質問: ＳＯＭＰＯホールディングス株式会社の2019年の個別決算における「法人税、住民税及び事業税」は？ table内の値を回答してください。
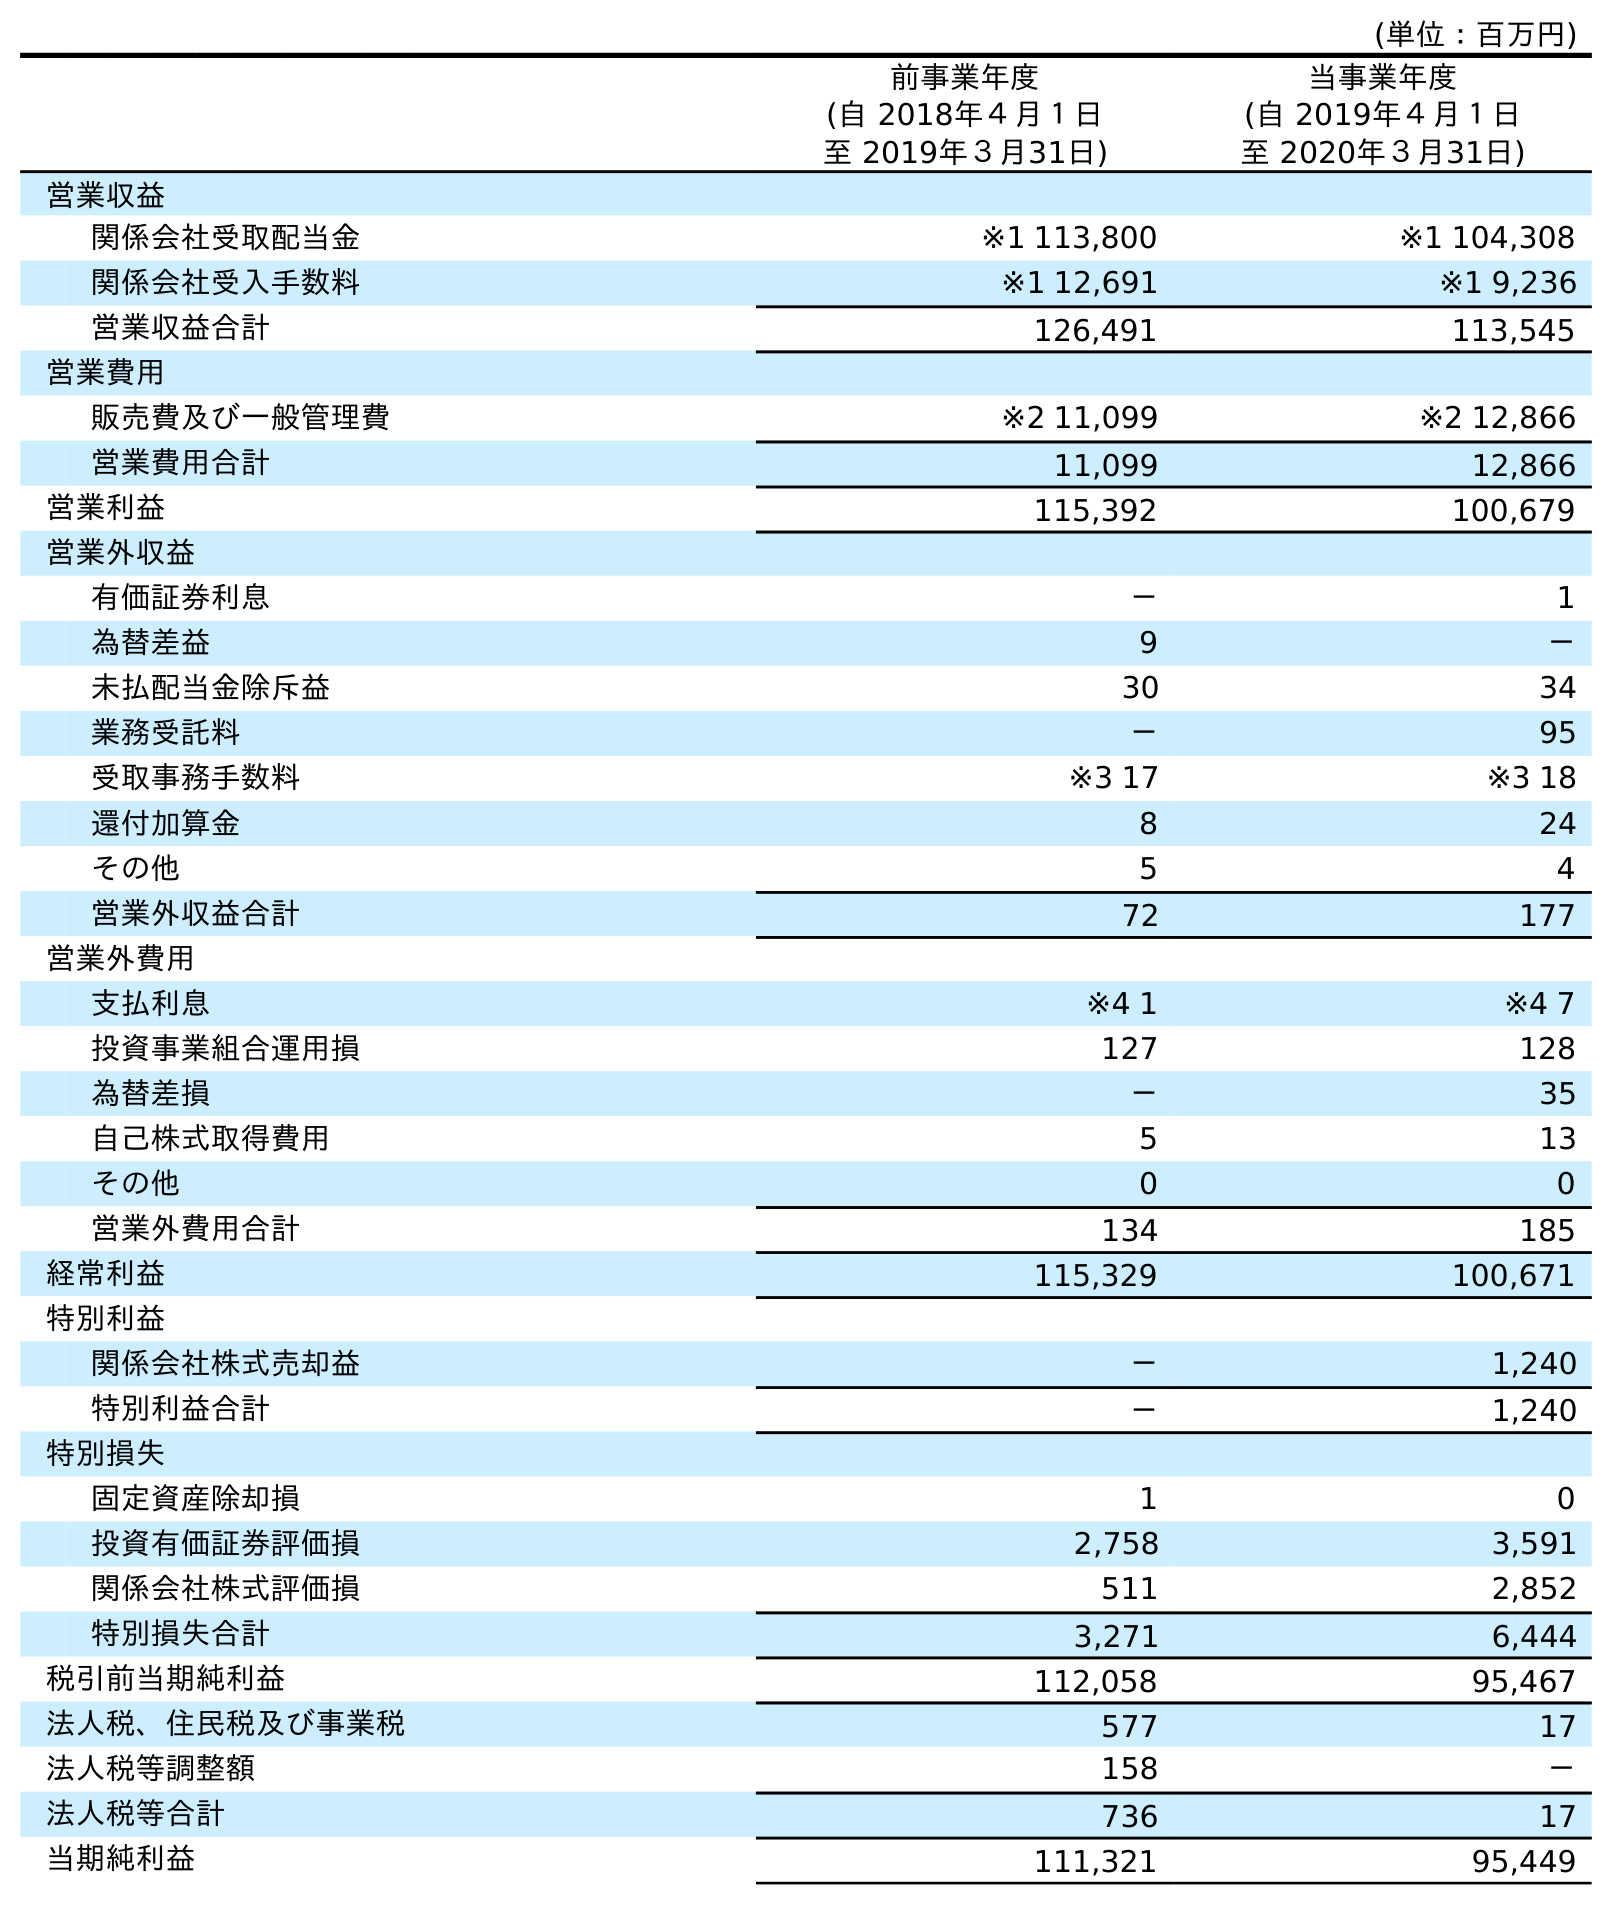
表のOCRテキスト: (単位：百万円) 前事業年度 (自 2018年４月１日 至 2019年３月31日) 当事業年度 (自 2019年４月１日 至 2020年３月31日) 営業収益 関係会社受取配当金 ※1 113,800 ※1 104,308 関係会社受入手数料 ※1 12,691 ※1 9,236 営業収益合計 126,491 113,545 営業費用 販売費及び一般管理費 ※2 11,099 ※2 12,866 営業費用合計 11,099 12,866 営業利益 115,392 100,679 営業外収益 有価証券利息 － 1 為替差益 9 － 未払配当金除斥益 30 34 業務受託料 － 95 受取事務手数料 ※3 17 ※3 18 還付加算金 8 24 その他 5 4 営業外収益合計 72 177 営業外費用 支払利息 ※4 1 ※4 7 投資事業組合運用損 127 128 為替差損 － 35 自己株式取得費用 5 13 その他 0 0 営業外費用合計 134 185 経常利益 115,329 100,671 特別利益 関係会社株式売却益 － 1,240 特別利益合計 － 1,240 特別損失 固定資産除却損 1 0 投資有価証券評価損 2,758 3,591 関係会社株式評価損 511 2,852 特別損失合計 3,271 6,444 税引前当期純利益 112,058 95,467 法人税、住民税及び事業税 577 17 法人税等調整額 158 － 法人税等合計 736 17 当期純利益 111,321 95,449
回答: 577